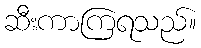
ဆီးကာကြရသည်။